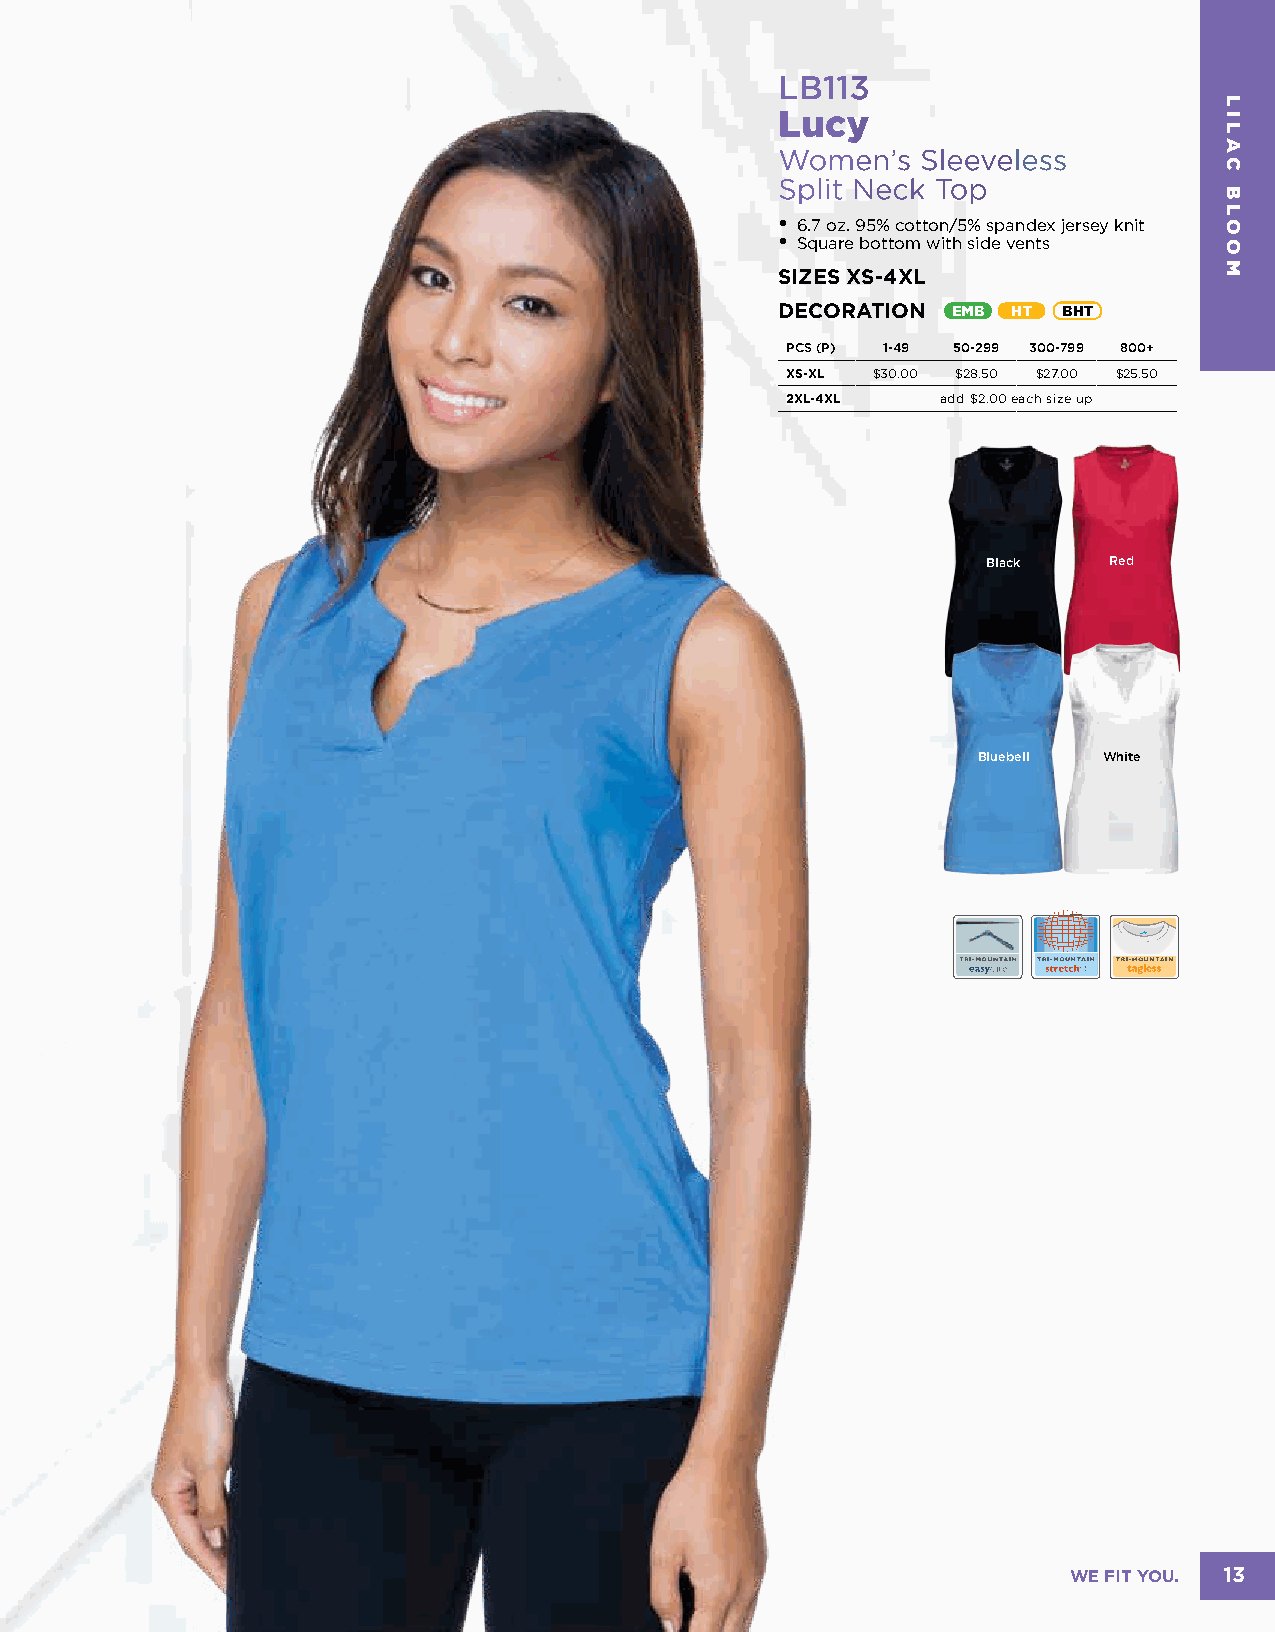
LB113
 Lucy
 Women’s  Sleeveless
 Split Neck Top
 • 6.7 oz. 95% cotton/5% spandex jersey knit
 • Square bottom with side vents
 SIZES XS-4XL
 DECORATION EMB HT BHT
 PCS (P) 1-49 50-299 300-799 800+
 XS-XL $30.00 $28.50 $27.00 $25.50
 2XL-4XL   add $2.00 each size up
 Black   Red
 Bluebell White
 WE FIT YOU. 13
 LILAC
 BLOOM